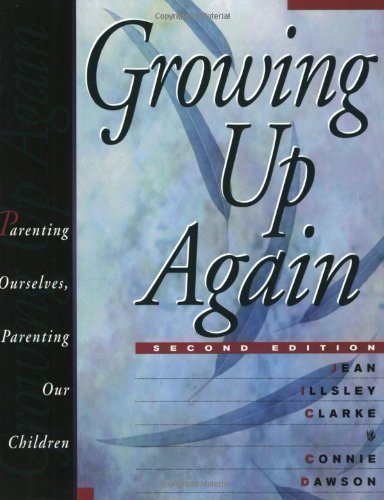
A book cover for Growing Up Again: Parenting Ourselves, Parenting Our Children by Clarke, Jean Illsley, Dawson, Connie 2nd (second) Revised Edition (1998); Health, Fitness & Dieting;